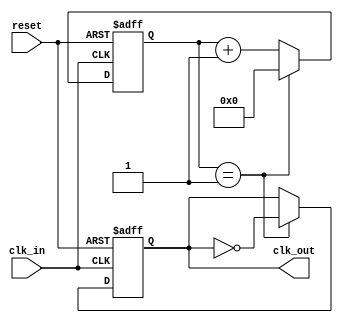
module clock_divider #(parameter N = 2) (
    input wire clk_in,    // Input clock signal
    input wire reset,     // Asynchronous reset signal
    output reg clk_out    // Divided output clock signal
);

    reg [31:0] counter;   // Internal counter to track clock cycles

    // Asynchronous reset behavior and clock generation
    always @(posedge clk_in or posedge reset) begin
        if (reset) begin
            counter <= 0;    // Reset counter to zero
            clk_out <= 0;    // Reset output clock to known state (low)
        end else begin
            if (counter == (N - 1)) begin
                counter <= 0;           // Reset counter
                clk_out <= ~clk_out;    // Toggle output clock
            end else begin
                counter <= counter + 1;  // Increment counter
            end
        end
    end

endmodule